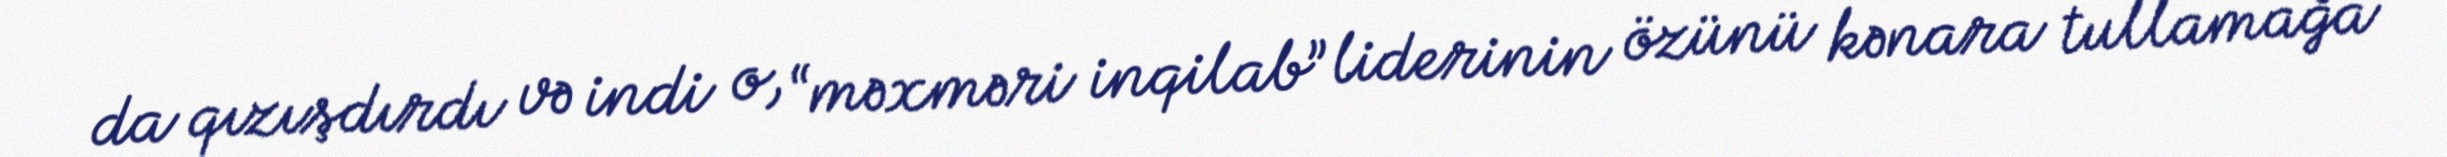
da qızışdırdı və indi o, “məxməri inqilab” liderinin özünü kənara tullamağa